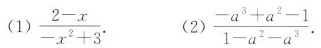
(1 ) $$\frac { 2 - x } { - x ^ { 2 } + 3 }$$. (2 ) $$\frac { - a ^ { 3 } + a ^ { 2 } - 1 } { 1 - a ^ { 2 } - a ^ { 3 } }$$.